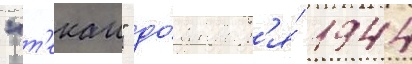
"т'екаи" до́ январ'я́ 1944